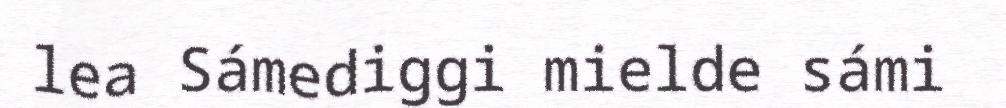
lea Sámediggi mielde sámi